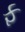
ફ